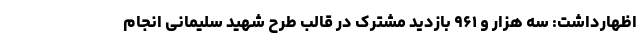
اظهارداشت: سه هزار و ۹۶۱ بازدید مشترک در قالب طرح شهید سلیمانی انجام